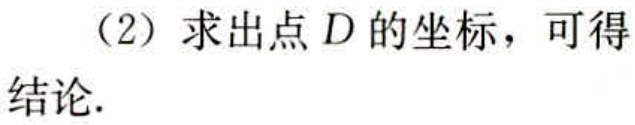
（2）求出点\(D\)的坐标，可得结论.